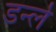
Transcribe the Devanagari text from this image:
डर्न्ले